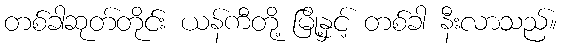
တစ်ခါဆုတ်တိုင်း ယန်ကီတို့ မြို့နှင့် တစ်ခါ နီးလာသည်။